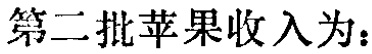
第二批苹果收入为：